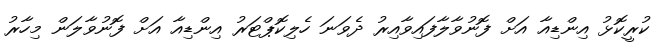
ކުރީކޮޅު އިންޑިއާ އަށް ފޮނުވާލާފައިވާއިރު ދެވަނަ ހެލިކޮޕްޓަރު އިންޑިއާ އަށް ފޮނުވާލަން މިހާރު